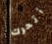
أتحرك